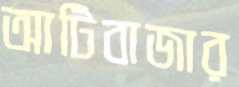
আটিবাজার